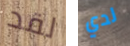
لقد لدي